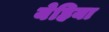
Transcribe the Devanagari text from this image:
येहिया